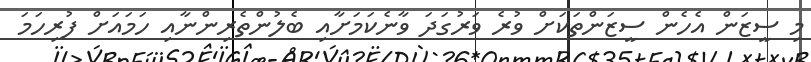
މި ސީޒަން އެހެން ސީޒަންތަކަށް ވުރެ ވަރުގަދަ ވާނެކަމަށާއި ބެލުންތެރިންނާއި ހަމައަށް ފުރިހަމަ